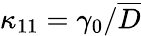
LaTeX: \kappa_{11}=\gamma_{0}/\overline{{D}}